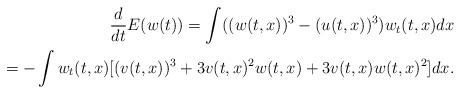
LaTeX: \begin{align*}\aligned\frac{d}{dt} E(w(t)) = \int ((w(t,x))^{3} - (u(t,x))^{3}) w_{t}(t,x) dx \\ = - \int w_{t}(t,x) [(v(t,x))^{3} + 3 v(t,x)^{2} w(t,x) + 3 v(t,x) w(t,x)^{2}] dx.\endaligned\end{align*}